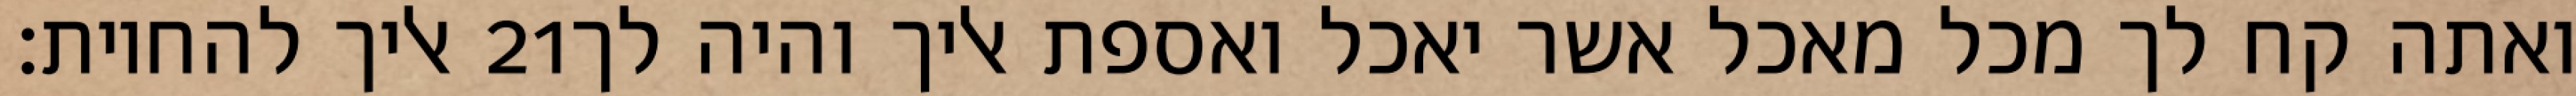
אליך להחיות׃ ‎21‏ ואתה קח לך מכל מאכל אשר יאכל ואספת אליך והיה לך